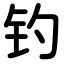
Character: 钓